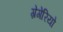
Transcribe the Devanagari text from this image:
ग्रेगेरियो